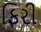
ફિરી